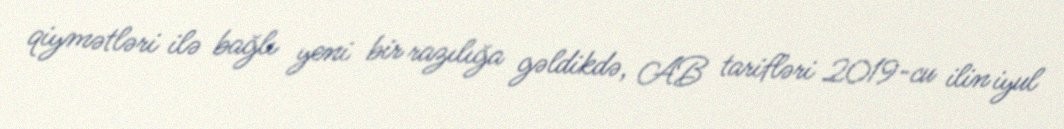
qiymətləri ilə bağlı yeni bir razılığa gəldikdə, AB tarifləri 2019-cu ilin iyul